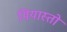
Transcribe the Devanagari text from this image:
मियास्तो